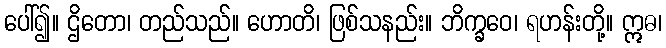
ပေါ်၍။ ဌိတော၊ တည်သည်။ ဟောတိ၊ ဖြစ်သနည်း။ ဘိက္ခဝေ၊ ရဟန်းတို့။ ဣဓ၊